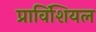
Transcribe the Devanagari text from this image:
प्राविंशियल